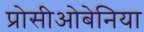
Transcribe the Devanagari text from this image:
प्रोसीओबेनिया